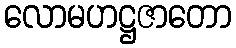
လောမဟဋ္ဌဇာတော